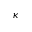
\kappa